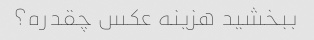
ببخشید هزینه عکس چقدره؟